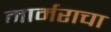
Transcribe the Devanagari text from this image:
मार्मराचा